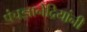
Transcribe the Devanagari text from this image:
पंचज्ञानेंद्रियांनी